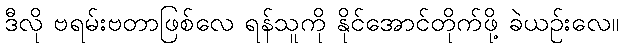
ဒီလို ဗရမ်းဗတာဖြစ်လေ ရန်သူကို နိုင်အောင်တိုက်ဖို့ ခဲယဉ်းလေ။